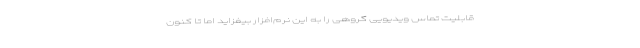
قابلیت تماس ویدیویی گروهی را به این نرم‌افزار بیفزاید اما تا کنون